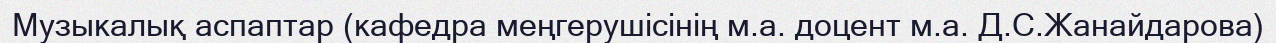
Музыкалық аспаптар (кафедра меңгерушісінің м.а. доцент м.а. Д.С.Жанайдарова)